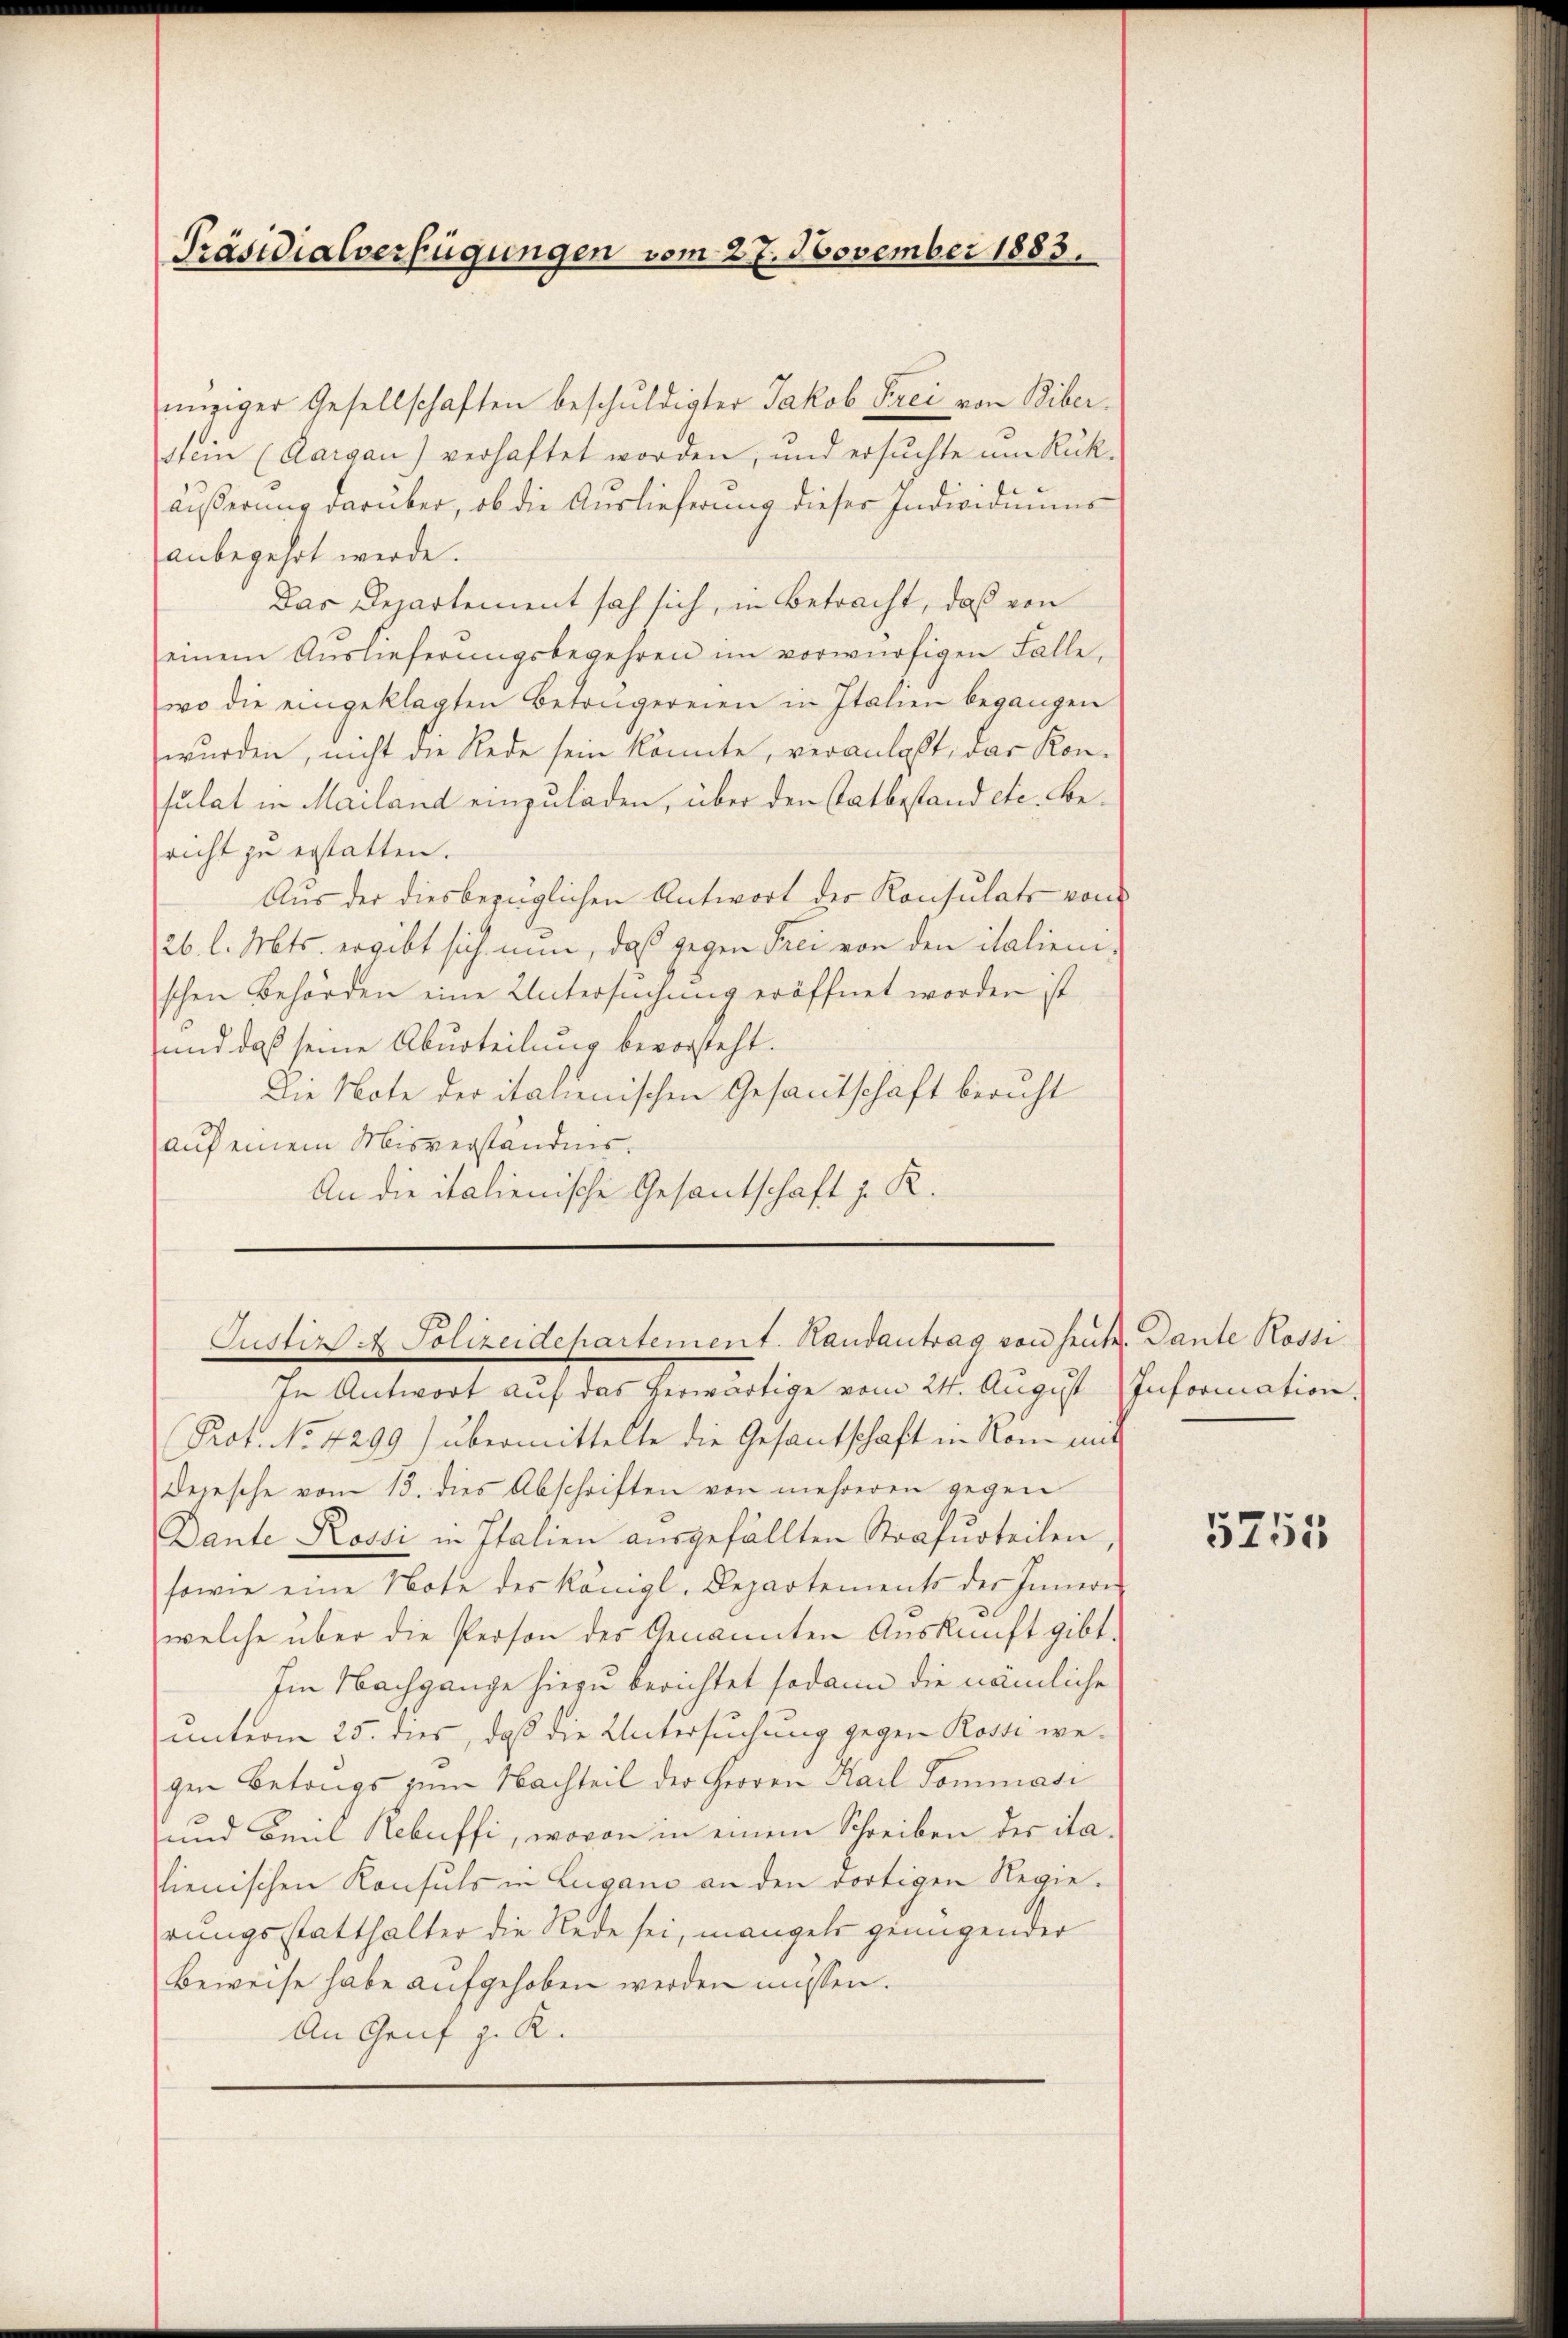
Präsidialverfügungen vom 27. November 1883.

nüziger Gesellschaften beschuldigter Jakob Frei von Biber.
Stein (Aargau) verhaftet worden, und ersuchte um Rück-
äußerung darüber, ob die Auslieferung dieser Individuums
anbegehrt werde.
Das Departement sah sich, in Betracht, daß von
einem Aŭslieferŭngsbegehren im vorwürfigen Falle
wo die eingeklagten Betrügereien in Italien begangen
wurden, nicht die Rede sein könnte, veranlaßt, das Kon-
sulat in Mailand einzuladen, über den Tatbestand etc. Bericht zu erstatten.
Aus der diesbezüglichen Antwort der Konsulats von
26. l. Mts. ergibt sich nun, daß gegen Frei von den italienischen Behörden eine Untersuchung eröffnet worden ist
und daß seine Aburteilung bevorsteht.
Die Note der italienischen Gesantschaft beruht
auf einem Misverständnis.
An die italienische Gesantschaft z. R.
Justiz. Polizeidepartement. Handantrag von heute. Dante Rossi
In Antwort auf das herwärtige vom 24. August Information
Prot. No. 4299) übermittelte die Gesantschaft in Nom mit
Dejesche vom 13. dies Abschriften von mehreren gegen
Dante Rossi in Italien ausgefällten Strafurteilen,
sowie eine Note des Königl. Departements der Innern
welche über die Person des Genannten Auskunft gibt.
Im Nachgange hiezu berichtet sodann die nämliche
unterm 25. dies, daß die Untersuchung gegen Rossi wegen Betrags zum Nachteil der Herren Karl Dominasi
und Baul Rebuffi, wovon in einem Schreiben der italienischen Konsuls in Lugano an den dortigen Regierungsstatthalter die Rede sei, mangel genügender
Beweise habe aufgehoben werden müssen.
An Graf z. R.

5755